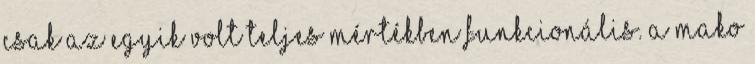
csak az egyik volt teljes mértékben funkcionális. A Mako